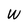
Character: W